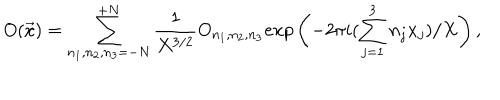
O ( { \vec { x } } ) = \sum _ { n _ { 1 } , n _ { 2 } , n _ { 3 } = - { N } } ^ { + { N } } \frac { 1 } { X ^ { 3 / 2 } } O _ { n _ { 1 } , n _ { 2 } , n _ { 3 } } e x p \left( - 2 \pi i ( \sum _ { j = 1 } ^ { 3 } n _ { j } x _ { j } ) / X \right) ,